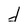
Character: d